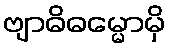
ဗျာဓိဓမ္မောမှိ